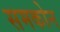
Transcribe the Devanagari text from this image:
समकोन